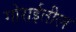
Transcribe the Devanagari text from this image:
गोराईतील